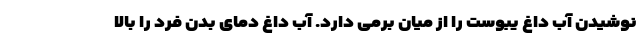
نوشیدن آب داغ یبوست را از میان برمی دارد. آب داغ دمای بدن فرد را بالا